Vital statistics of India. Vol. IV, Annual returns from 1871 to 1876. British Army of India, Native Army and jails of Bengal
Year: 1871
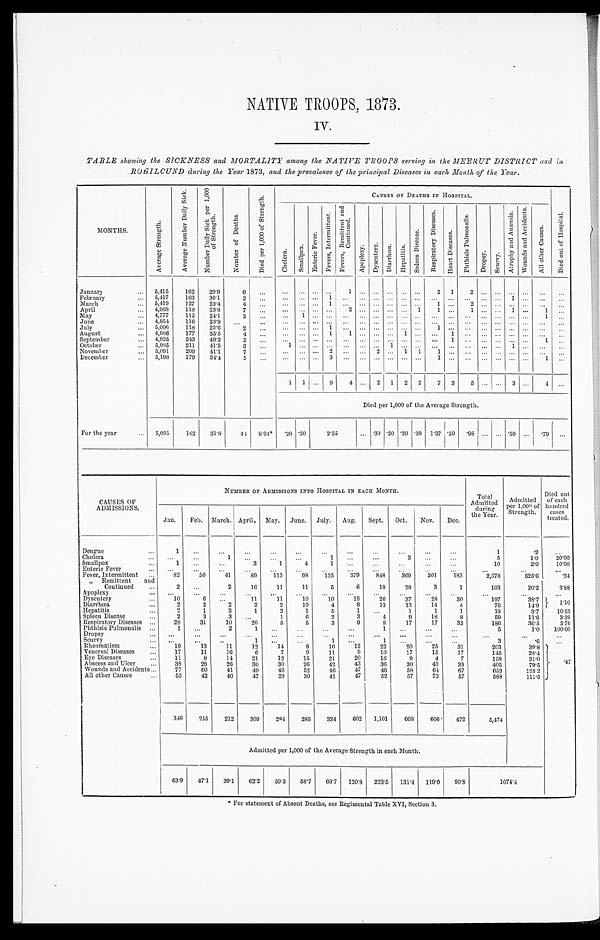
NATIVE TROOPS, 1873.
IV.
TABLE showing the SICKNESS and MORTALITY among the NATIVE TROOPS serving in the MEERUT DISTRICT and in
ROHILCUND during the Year 1873, and the prevalence of the principal Diseases in each Month of the Year.
M O N T H S .
A v e r a g e S t r e n g t h .
A v e r a g e N u m b e r D a i l y S i c k .
N u m b e r D a i l y S i c k p e r 1 , 0 0 0 o f S t r e n g t h .
N u m b e r o f D e a t h s .
D i e d p e r 1 , 0 0 0 o f S t r e n g t h .
CAUSES OF DEATHS IN HOSPITAL.
D i e d o u t o f H o s p i t a l .
C h o l e r a .
S m a l l p o x
E n t e r i c F e v e r .
F e v e r s , i n t e r m i t t e n t .
F e v e r , R e m i t t e n t a n d C o n t i n u e d .
A p o p l e x y .
D y s e n t e r y .
D i a r r h œ a .
Hepat i t i s.
S p l e e n D i s e a s e .
R e s p i r a t o r y D i s e a s e s .
H e a r t D i s e a s e s .
P h t h i s i s P u l m o n a l i s .
D r o p s y .
S c u r v y . A t r o p h y a n d A n æ m i a .
W o u n d s a n d A c c i d e n t s .
A l l o t h e r C a u s e s .
January . . .
5,415
162
29.9
6
. . .
. . .
. . .
. . .
. . .
1
. . .
. . .
. . . . . .
. . .
2
1
2
. . .
. . .
. . .
. . . . . . . . .
February . . .
5,417
163
30.1
2
. . .
. . .
. . .
. . .
1
. . .
. . .
. . .
. . . . . .
. . . . . .
. . .
. . .
. . .
. . .
1
. . . . . .
. . .
March . . .
5,419
127
23.4
4
. . .
. . .
. . .
. . . 1
. . .
. . .
. . .
. . . . . .
. . . 1
. . .
2
. . .
. . .
. . .
. . . . . .
. . .
April . . .
4,968
118
23.8
7
. . .
. . .
. . .
. . .
. . .
2
. . .
. . .
. . . . . .
1
1
. . .
1
. . .
. . .
1
. . . 1
. . .
May . . .
4,777
115
24.1
2
. . .
. . .
1
. . .
. . .
. . .
. . .
. . .
. . . . . .
. . .
. . .
. . .
. . .
. . .
. . .
. . .
. . .
1
. . .
June . . .
4,854
116
23.9
. . .
. . .
. . .
. . .
. . .
. . .
. . .
. . .
. . .
. . . . . .
. . .
. . .
. . .
. . .
. . . . . .
. . .
. . .
. . .
. . .
July . . .
5,006
118
23.6
2
. . .
. . .
. . .
. . . 1
. . .
. . .
. . .
. . . . . .
. . .
1
. . .
. . .
. . . . . .
. . .
. . .
. . .
. . .
August . . .
4,986
177
35.5
4
. . .
. . .
. . .
. . . 1
1
. . .
. . .
. . . 1
. . . . . .
1
. . .
. . .
. . .
. . .
. . .
. . . . . .
September . . .
4,925
243
49.3
2
. . .
. . .
. . .
. . .
. . .
. . .
. . .
. . .
. . . . . .
. . .
. . .
1
. . .
. . .
. . .
. . .
. . . 1
. . .
October . . .
5,085
211
41.5
3
. . .
1
. . .
. . .
. . .
. . .
. . .
. . . 1 . . .
. . .
. . .
. . .
. . .
. . .
. . .
1
. . . . . . . . .
November . . .
5,091
209
41.1
7
. . .
. . .
. . .
. . .
2 . . .
. . .
2
. . . 1
1 1
. . .
. . .
. . .
. . .
. . .
. . .
. . .
. . .
December . . .
5,198
179
34.4
5
. . .
. . .
. . .
. . . 3
. . .
. . .
. . .
. . . . . .
. . .
1
. . .
. . .
. . .
. . .
. . .
. . .
1
. . .
1
1
. . .
9
4
. . . 2
1
2
2
7
3
5
. . .. . .
3
. . . 4
. . .
Died per 1,000 of the Average Strength.
For the year . . .
5,095
162
31.8
44
8.64*.
. 2 0 .20
2.55
. . . .39 .20 .39 .39
1.37 .59
.98
. . .
. . . .59
. . .
.79
. . .
CAUSES OF
ADMISSIONS .
NUMBER OF ADMISSIONS INTO HOSPITAL IN EACH MONTH.
Total
Admitted
during
the Year .
Admitted
per 1,000 of
Strength.
Died out
of each
hundred
cases
treated.
Jan.
Feb.
March. April.
May.
June.
July.
Aug.
Sept.
Oct.
Nov.
Dec.
Dengue . . .
1
. . .
. . .
. . .
. . .
. . .
. . .
. . .
. . .
. . .
. . .
. . .
1
.2
. . .
C h o l e r a . . .
. . .
. . .
1
. . .
. . .
. . .
1
. . .
. . .
3
. . .
. . .
5
1.0
20.00
Smallpox . . .
1
. . .
. . .
3
1
4
1
. . .
. . .
. . .
. . .
. . .
10
2.0
10.00
Enteric Fever . . .
. . .
. . .
. . .
. . .
. . .
. . .
. . .
. . .
. . .
. . .
. . .
. . .
. . .
. . .
. . .
Fever, Intermittent . . .
82
50
41
8 9
113
98
125
379
848
369
301
183
2,678
525.6
. 3 4
" Remittent and
Continued . . .
2
. . .
2
16
11
11
5
6
18
28
3
1
103
20.2
3.88
Apoplexy . . .
. . .
. . .
. . .
. . .
. . .
. . .
. . .
. . .
. . .
. . .
. . .
. . .
. . .
. . .
. . .
Dysentery . . .
10
6
. . .
11
11
10
10
18
26
37
28
30
197
38.7
1.10
Diarrhœa . . .
2
2
2
2
2
10
4
8
13
13
14
4
76
14.9
Hepatitis . . .
2
1
3
1
2
1
5
1
. . .
1
1
1
19
3.7
10.53
Spleen Disease . . .
2
3
3
. . .
1
6
2
3
4
9
18
8
59
11.6
3.39
Respiratory Diseases . . .
28
31
10
20
5
5
3
9
8
17
17
33
186
36.5
3.76
Phthisis Pulmonalis . . .
1
. . .
2
1
. . .
. . .
. . .
. . .
1
. . .
. . .
. . .
5
1.0
100.00
Dropsy . . .
. . .
. . .
. . .
. . .
. . .
. . .
. . .
. . .
. . .
. . .
. . .
. . .
. . .
. . .
. . .
Scurvy . . .
. . .
. . .
. . .
1
. . .
. . .
1
. . .
1
. . .
. . .
. . .
3
.6
. . .
Rheumatism . . .
19
13
11
12
14
8
16
12
22
20
25
31
203
39.8
. 4 7
Venereal Diseases . . .
17
11
16
6
7
9
11
9
10
17
15
17
145
28.4
Eye Diseases . . .
11
8
14
21
12
15
21
20
16
9
4
7
158
31.0
Abscess and Ulcer . . .
38
28
26
30
30
26
42
43
36
30
43
33
405
79.5
Wounds and Accidents . . .
77
60
41
49
46
52
46
47
96
58
64
67
653
128.2
All other Causes . . .
53
42
40
47
29
30
41
47
52
57
73
57
568
111.5
346
255
212
309
284
285
334
602
1,101
668
606
472
5,474
Admitted per 1,000 of the Average Strength in each Month.
63.9
47.1
39.1
62.2
59.5
58.7
66.7
120.8
223.5
131.4
119.0
90.8
1 0 7 4 . 4
* F o r s t a t e m e n t o f A b s e n t D e a t h s , s e e R e g i m e n t a l T a b l e X V I , S e c t i o n 3 .